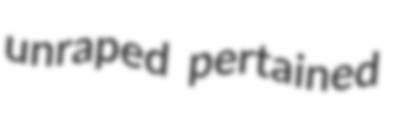
unraped pertained